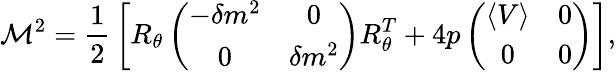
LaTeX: {\cal M}^{2}={\frac{1}{2}}\left[R_{\theta}\left(\begin{array}{cc}{{-\delta m^{2}}}&{{0}}\\ {{0}}&{{\delta m^{2}}}\end{array}\right)R_{\theta}^{T}+4p\left(\begin{array}{cc}{{\langle V\rangle}}&{{0}}\\ {{0}}&{{0}}\end{array}\right)\right],